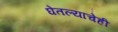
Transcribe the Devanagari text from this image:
घेतल्याचेही